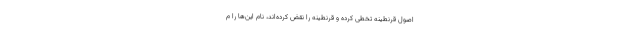
اصول قرنطینه تخطی کرده و قرنطینه را نقض کرده‌اند، نام این‌ها را م